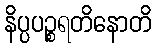
နိပ္ပပဉ္စရတိနောတိ